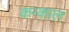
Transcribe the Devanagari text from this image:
कन्काल